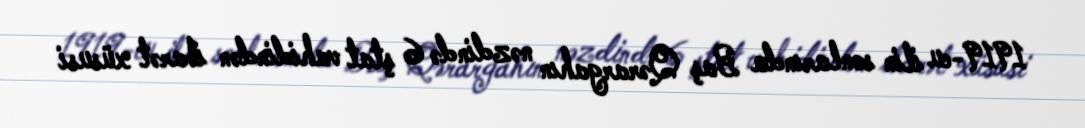
1919-cu ilin sonlarında Baş Qərargahın nəzdində 6 ştat vahidindən ibarət xüsusi